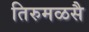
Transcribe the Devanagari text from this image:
तिरुमळसै